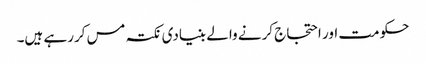
حکومت اور احتجاج کرنے والے بنیادی نکتہ مس کررہے ہیں۔